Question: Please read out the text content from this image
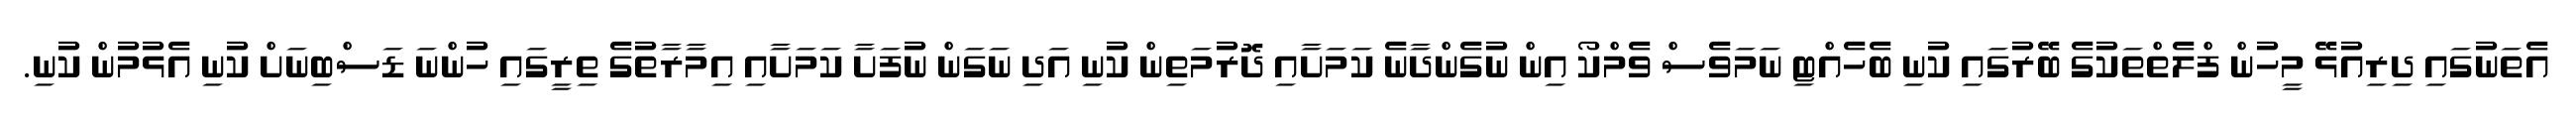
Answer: އެތަނުގައި ދިރިއުޅޭ މީހުން ފްލެތްތަކުގެ ބޭރުގައި ކުނި ބެހެއްޓި ނަމަވެސް ވެމްކޯ އިން ނުގެންދާނެ ކަމަށާއި ދޮރުމަތިން ކުނި އަދި ނަގަން ނުފަށާ ކަމަށާއި އިމާރާތުގެ ތިރީގައި ހުންނަ ޑަސްބިނަށް ކުނި އެޅުމުން ކުނި.